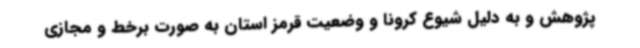
پژوهش و به دلیل شیوع کرونا و وضعیت قرمز استان به صورت برخط و مجازی